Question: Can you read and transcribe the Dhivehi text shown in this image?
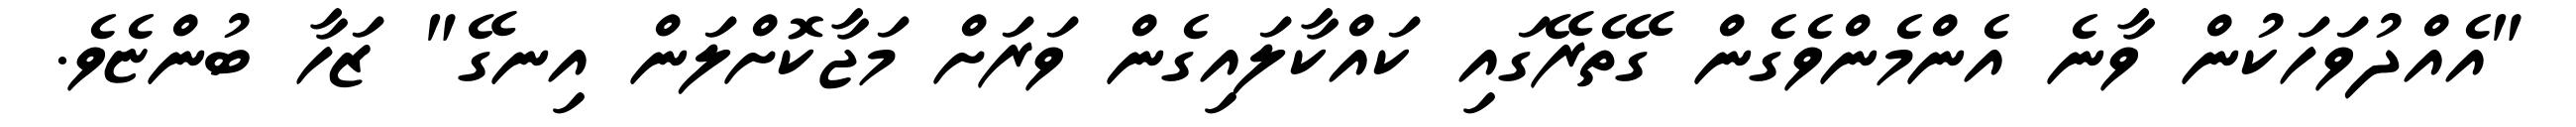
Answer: "އެއްދުވަހަކުން ވާނެ އެންމެންވެގެން ގޭތެރޭގައި ކައްކާލައިގެން ވަރަށް މަޖާކޮށްލަން އިނގޭ" ޒަހާ ބުންޏެވެ.